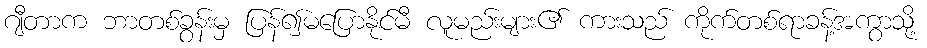
ဂျီတာက ဘာတစ်ခွန်းမှ ပြန်၍မပြောနိုင်မီ လူမည်းများ၏ ကားသည် ကိုက်တစ်ရာခန့်အကွာသို့